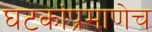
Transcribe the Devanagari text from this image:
घटकांप्रमाणेच